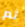
ثم